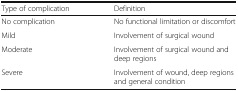
<table><thead><tr><td><b>Type of complication</b></td><td><b>Definition</b></td></tr></thead><tbody><tr><td>No complication</td><td>No functional limitation or discomfort</td></tr><tr><td>Mild</td><td>Involvement of surgical wound</td></tr><tr><td>Moderate</td><td>Involvement of surgical wound and deep regions</td></tr><tr><td>Severe</td><td>Involvement of wound, deep regions and general condition</td></tr></tbody></table>